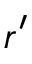
r ^ { \prime }